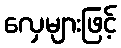
လှေများဖြင့်